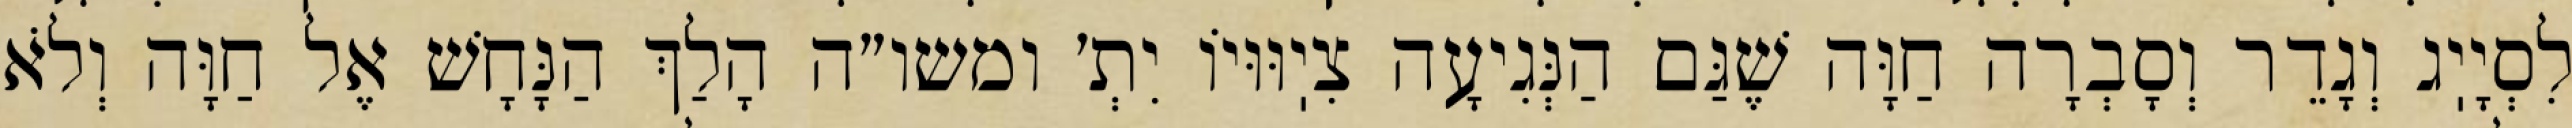
לִסְיָיֽג וְגָדֵר וְסָבְרָה חַוָּה שֶׁגַּם הַנְּגִיעָה צִיֽוּוּיוֹ יִתְ׳ ומשו״ה הָלַךְ הַנָּחָשׁ אֶל חַוָּה וְלֹא